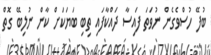
ބުފޭ ހުސްވެގެން ނުވަތަ ފައިސާ ދައްކާފައި ތިބި ބަޔަކަށް ކާން ނުލިބޭ ގޮތް